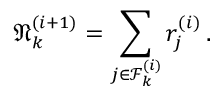
\mathfrak { N } _ { k } ^ { ( i + 1 ) } = \sum _ { j \in \mathcal { F } _ { k } ^ { ( i ) } } r _ { j } ^ { ( i ) } \, .